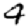
Digit: 4